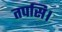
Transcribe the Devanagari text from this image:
तपसि।